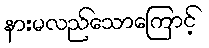
နားမလည်သောကြောင့်